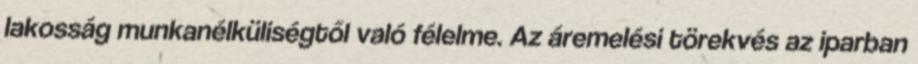
lakosság munkanélküliségtől való félelme. Az áremelési törekvés az iparban